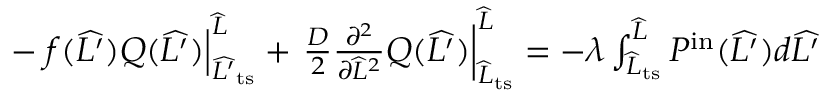
\begin{array} { r } { - \left. f ( \widehat { L ^ { \prime } } ) Q ( \widehat { L ^ { \prime } } ) \right| _ { \widehat { L ^ { \prime } } _ { \mathrm { t s } } } ^ { \widehat { L } } + \left. \frac { D } { 2 } \frac { \partial ^ { 2 } } { \partial \widehat { L } ^ { 2 } } Q ( \widehat { L ^ { \prime } } ) \right| _ { \widehat { L } _ { \mathrm { t s } } } ^ { \widehat { L } } = - \lambda \int _ { \widehat { L } _ { \mathrm { t s } } } ^ { \widehat { L } } P ^ { \mathrm { i n } } ( \widehat { L ^ { \prime } } ) d \widehat { L ^ { \prime } } } \end{array}